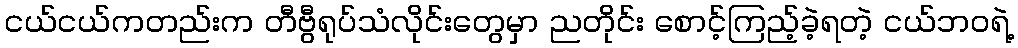
ငယ်ငယ်ကတည်းက တီဗွီရုပ်သံလိုင်းတွေမှာ ညတိုင်း စောင့်ကြည့်ခဲ့ရတဲ့ ငယ်ဘဝရဲ့